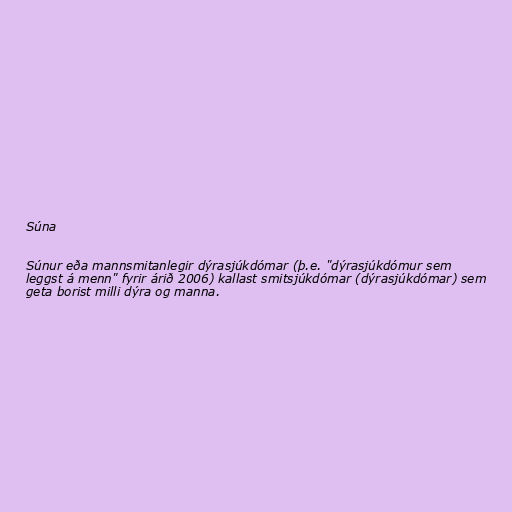
Súna

Súnur eða mannsmitanlegir dýrasjúkdómar (þ.e. "dýrasjúkdómur sem
leggst á menn" fyrir árið 2006) kallast smitsjúkdómar (dýrasjúkdómar) sem
geta borist milli dýra og manna.